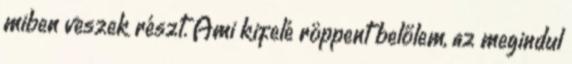
miben veszek részt. Ami kifelé röppent belőlem, az megindul